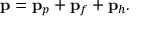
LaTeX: \mathbf { p } = \mathbf { p } _ { p } + \mathbf { p } _ { f } + \mathbf { p } _ { h } .